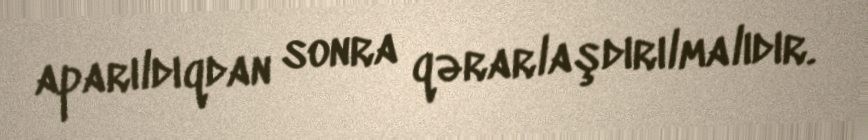
aparıldıqdan sonra qərarlaşdırılmalıdır.